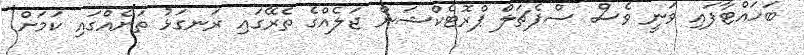
ބަހައްޓާފައި ވަނީ ވެސް ސްޕެޗަލް ޕްރޮޓެކްޝަން ޖަލެއްގެ ތެރޭގައި ރަނގަޅު ތަނެއްގައި ކަމަށް